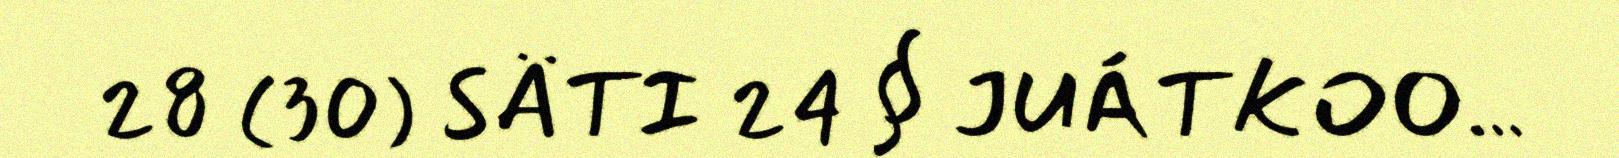
28 (30) SÄTI 24 § JUÁTKOO…